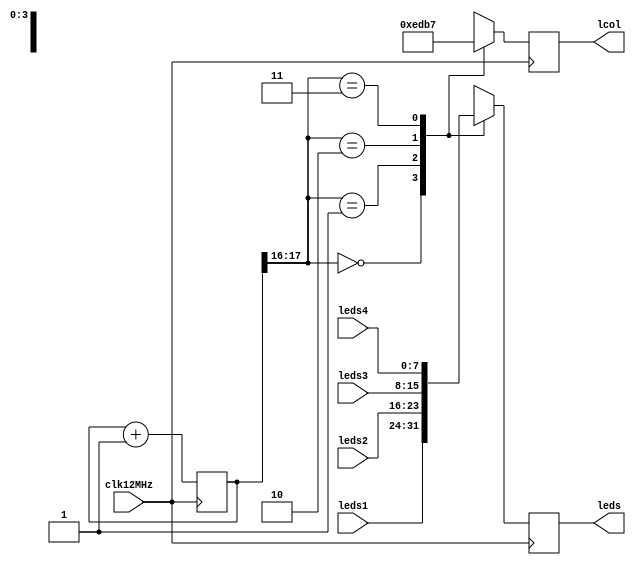
/*
*  
  *  Copyright(C) 2018 Gerald Coe, Devantech Ltd <gerry@devantech.co.uk>
  * 
  *  Permission to use, copy, modify, and/or distribute this software for any purpose with or
  *  without fee is hereby granted, provided that the above copyright notice and 
  *  this permission notice appear in all copies.
    * 
    *  THE SOFTWARE IS PROVIDED "AS IS" AND THE AUTHOR DISCLAIMS ALL WARRANTIES WITH REGARD TO
    *  THIS SOFTWARE INCLUDING ALL IMPLIED WARRANTIES OF MERCHANTABILITY AND FITNESS. 
      *  IN NO EVENT SHALL THE AUTHOR BE LIABLE FOR ANY SPECIAL, DIRECT, INDIRECT, OR CONSEQUENTIAL 
      *  DAMAGES OR ANY DAMAGES WHATSOEVER RESULTING FROM LOSS OF USE, DATA OR PROFITS, WHETHER IN
      *  AN ACTION OF CONTRACT, NEGLIGENCE OR OTHER TORTIOUS ACTION, ARISING OUT OF OR IN 
      *  CONNECTION WITH THE USE OR PERFORMANCE OF THIS SOFTWARE.
        * 
        */

       // LedScan takes the four led columns as inputs and outputs them to the led matrix

       module LedScan (
         input clk12MHz, 
         input [7:0] leds1,		
         input [7:0] leds2,
         input [7:0] leds3,
         input [7:0] leds4,
         output reg [7:0] leds, 
         output reg [3:0] lcol
       );


       /* Counter register */
       reg [17:0] timer = 12'b0;


       always @ (posedge clk12MHz) begin
         case (timer[17:16])
           2'b00: begin
             leds[7:0] <= leds1[7:0];
             lcol[3:0] <= 4'b1110;
           end	    
           2'b01: begin
             leds[7:0] <= leds2[7:0];
             lcol[3:0] <= 4'b1101;
           end	    
           2'b10: begin
             leds[7:0] <= leds3[7:0];
             lcol[3:0] <= 4'b1011;
           end	    
           2'b11: begin
             leds[7:0] <= leds4[7:0];
             lcol[3:0] <= 4'b0111;
           end	    
         endcase
       end


       // increment the scan timer
       always @ (posedge clk12MHz) begin
        timer <= timer + 1;
    end

endmodule